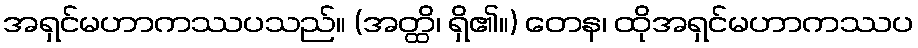
အရှင်မဟာကဿပသည်။ (အတ္ထိ၊ ရှိ၏။) တေန၊ ထိုအရှင်မဟာကဿပ